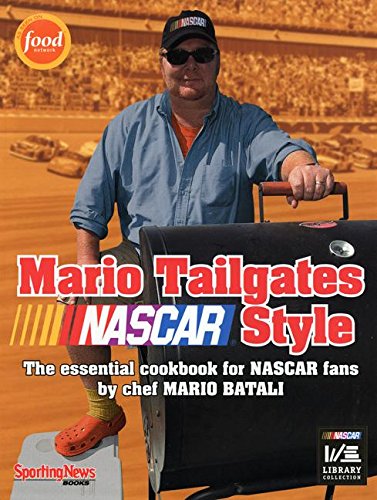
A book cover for Mario Tailgates NASCAR Style; Mario Batali; Cookbooks, Food & Wine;